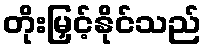
တိုးမြှင့်နိုင်သည်